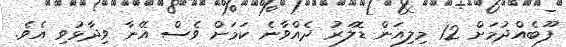
ފޫބެއްދުމަށް 12 މިލިއަން ޑޮލަރު ދެއްވާނެ ކަމަށް ވެސް އޭނާ ވިދާޅުވި އެވެ.